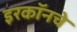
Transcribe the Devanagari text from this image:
इरकॉनचे